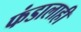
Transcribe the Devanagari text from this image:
फंडालाही